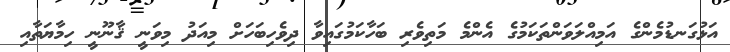
އަޅުގަނޑުމެންގެ އަމިއްލަވަންތަކަމުގެ އެންމެ މަތިވެރި ބަހާކަމުގައިވާ ދިވެހިބަހަށް މިއަދު މިވަނީ ޤާނޫނީ ހިމާޔަތާއި